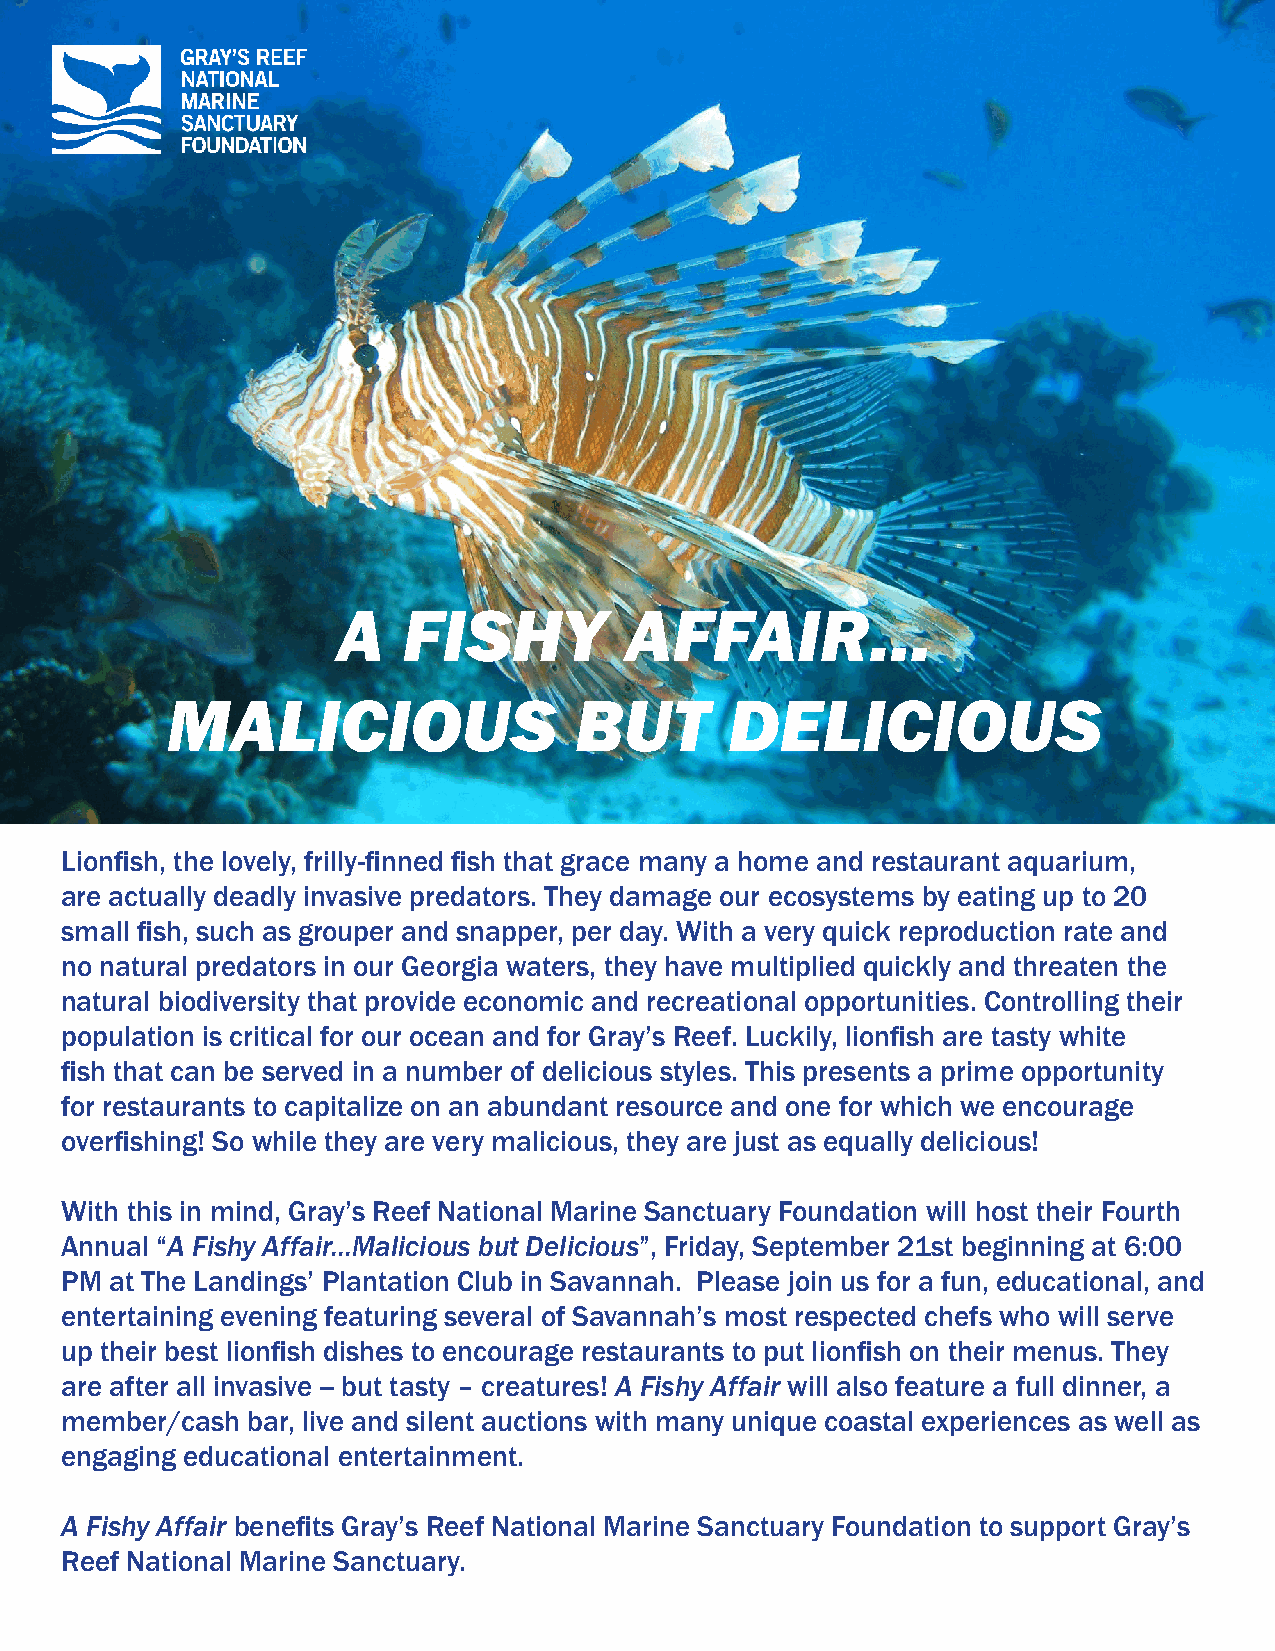
A    FISHY         AFFAIR...
 MALICIOUS                  BUT       DELICIOUS
 Lionfish, the lovely, frilly-finned fish that grace many a home and restaurant aquarium,
 are actually deadly invasive predators. They damage our ecosystems by eating up to 20
 small fish, such as grouper and snapper, per day. With a very quick reproduction rate and
 no natural predators in our Georgia waters, they have multiplied quickly and threaten the
 natural biodiversity that provide economic and recreational opportunities. Controlling their
 population is critical for our ocean and for Gray’s Reef. Luckily, lionfish are tasty white
 fish that can be served in a number of delicious styles. This presents a prime opportunity
 for restaurants to capitalize on an abundant resource and one for which we encourage
 overfishing! So while they are very malicious, they are just as equally delicious!
 With this in mind, Gray’s Reef National Marine Sanctuary Foundation will host their Fourth
 Annual “A Fishy Affair...Malicious but Delicious”, Friday, September 21st beginning at 6:00
 PM at The Landings’ Plantation Club in Savannah. Please join us for a fun, educational, and
 entertaining evening featuring several of Savannah’s most respected chefs who will serve
 up their best lionfish dishes to encourage restaurants to put lionfish on their menus. They
 are after all invasive -- but tasty – creatures! A Fishy Affair will also feature a full dinner, a
 member/cash bar, live and silent auctions with many unique coastal experiences as well as
 engaging educational entertainment.
 A Fishy Affair benefits Gray’s Reef National Marine Sanctuary Foundation to support Gray’s
 Reef National Marine Sanctuary.